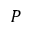
P